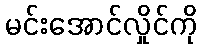
မင်းအောင်လှိုင်ကို